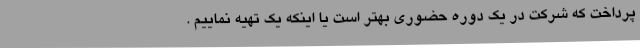
پرداخت که شرکت در یک دوره حضوری بهتر است یا اینکه یک تهیه نماییم .